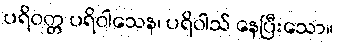
ပရိဝတ္တ ပရိဝါသေန၊ ပရိဝါသ် နေပြီးသော။